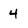
Character: 4